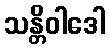
သန္တိဝါဒေါ